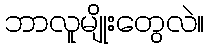
ဘာလူမျိုးတွေလဲ။